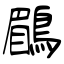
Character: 鶥